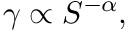
\gamma \propto S ^ { - \alpha } ,